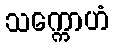
သက္ကောဟံ